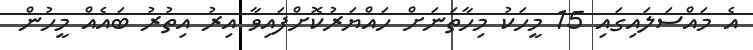
އެ މައްސަލައިގައި 15 މީހަކު މިހާތަނަށް ހައްޔަރުކޮށްފައިވާ އިރު އިތުރު ބައެއް މީހުން